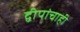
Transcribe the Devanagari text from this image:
द्वीपांचाही